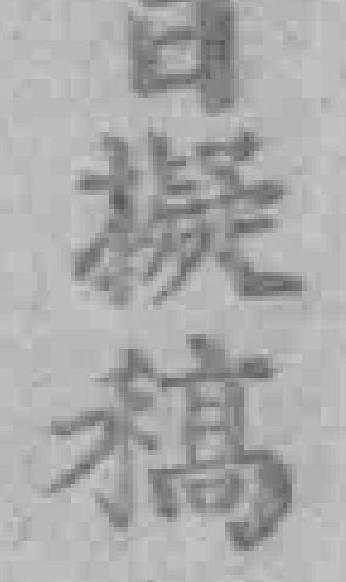
日擬稿